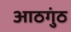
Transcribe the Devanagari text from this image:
आठगुंठ